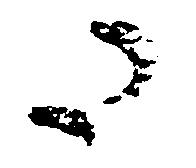
た